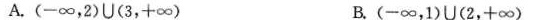
A.(-\infty ，2)U(3，+\infty ) B.(-\infty ，1)∪(2，+\infty )